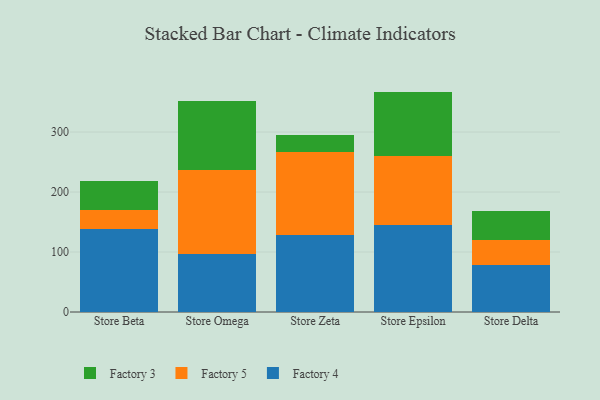
{"axis": {"x": "Store", "y": "Inventory Turnover"}, "legend": ["Factory 3", "Factory 4", "Factory 5"], "data": [{"x": "Store Beta", "y": 137.7, "type": "Factory 4"}, {"x": "Store Beta", "y": 33.0, "type": "Factory 5"}, {"x": "Store Beta", "y": 47.0, "type": "Factory 3"}, {"x": "Store Omega", "y": 96.7, "type": "Factory 4"}, {"x": "Store Omega", "y": 140.6, "type": "Factory 5"}, {"x": "Store Omega", "y": 114.2, "type": "Factory 3"}, {"x": "Store Zeta", "y": 128.6, "type": "Factory 4"}, {"x": "Store Zeta", "y": 138.6, "type": "Factory 5"}, {"x": "Store Zeta", "y": 27.2, "type": "Factory 3"}, {"x": "Store Epsilon", "y": 144.8, "type": "Factory 4"}, {"x": "Store Epsilon", "y": 115.0, "type": "Factory 5"}, {"x": "Store Epsilon", "y": 107.6, "type": "Factory 3"}, {"x": "Store Delta", "y": 78.9, "type": "Factory 4"}, {"x": "Store Delta", "y": 41.2, "type": "Factory 5"}, {"x": "Store Delta", "y": 48.1, "type": "Factory 3"}]}